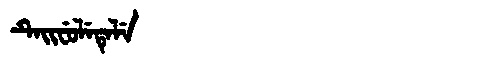
Manchu: ᡨᡝᡳᠸᡠᠯᡝᡨᡝᠯᡝ
Romanization: TEIFULETELE